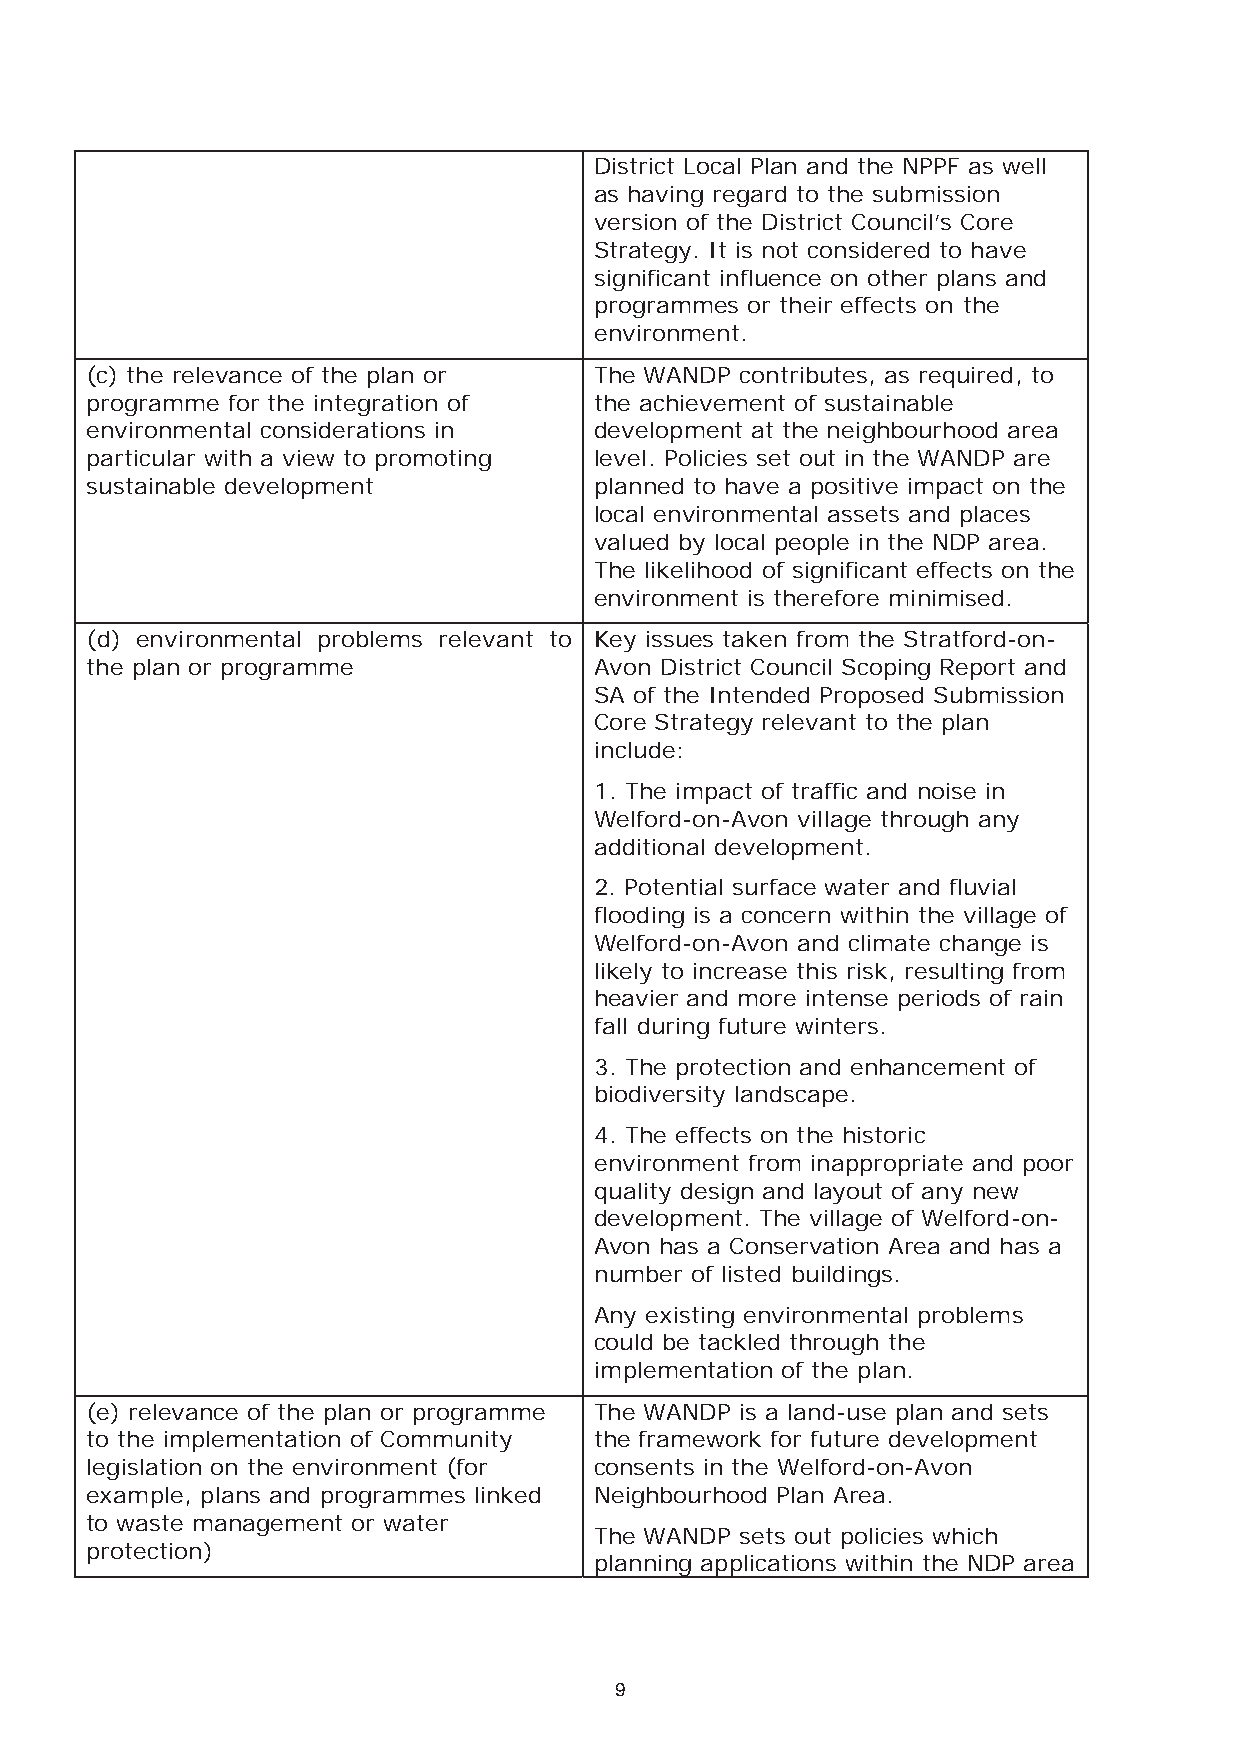
District Local Plan and the NPPF as well
 as having regard to the submission
 version of the District Council’s Core
 Strategy. It is not considered to have
 significant influence on other plans and
 programmes or their effects on the
 environment.
 (c) the relevance of the plan or The WANDP contributes, as required, to
 programme for the integration of the achievement of sustainable
 environmental considerations in  development at the neighbourhood area
 particular with a view to promoting level. Policies set out in the WANDP are
 sustainable development          planned to have a positive impact on the
 local environmental assets and places
 valued by local people in the NDP area.
 The likelihood of significant effects on the
 environment is therefore minimised.
 (d) environmental problems relevant to Key issues taken from the Stratford-on-
 the plan or programme            Avon District Council Scoping Report and
 SA of the Intended Proposed Submission
 Core Strategy relevant to the plan
 include:
 1. The impact of traffic and noise in
 Welford-on-Avon village through any
 additional development.
 2. Potential surface water and fluvial
 flooding is a concern within the village of
 Welford-on-Avon and climate change is
 likely to increase this risk, resulting from
 heavier and more intense periods of rain
 fall during future winters.
 3. The protection and enhancement of
 biodiversity landscape.
 4. The effects on the historic
 environment from inappropriate and poor
 quality design and layout of any new
 development. The village of Welford-on-
 Avon has a Conservation Area and has a
 number of listed buildings.
 Any existing environmental problems
 could be tackled through the
 implementation of the plan.
 (e) relevance of the plan or programme The WANDP is a land-use plan and sets
 to the implementation of Community the framework for future development
 legislation on the environment (for consents in the Welford-on-Avon
 example, plans and programmes linked Neighbourhood Plan Area.
 to waste management or water
 The WANDP sets out policies which
 protection)
 planning applications within the NDP area
 9